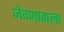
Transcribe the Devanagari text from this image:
जेवणाताला